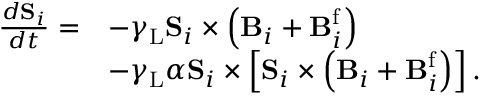
\begin{array} { r l } { \frac { d \mathbf { S } _ { i } } { d t } = } & { - \gamma _ { \mathrm { L } } \mathbf { S } _ { i } \times \left( \mathbf { B } _ { i } + \mathbf { B } _ { i } ^ { \mathrm { f } } \right) } \\ & { - \gamma _ { \mathrm { L } } \alpha \mathbf { S } _ { i } \times \left[ \mathbf { S } _ { i } \times \left( \mathbf { B } _ { i } + \mathbf { B } _ { i } ^ { \mathrm { f } } \right) \right] . } \end{array}